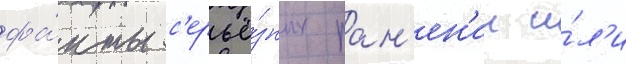
фа́кты с'ерьё́зных ран'ен'ии и́л'и